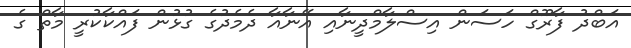
އަބްދު ފާރޫގް ހަސަން އިސްލާމްދީނާއި އޭނާއާ ދެމެދުގެ ގުޅުން ފައްކާކުރީ މާތް ގެ